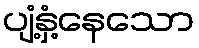
ပျံ့နှံ့နေသော